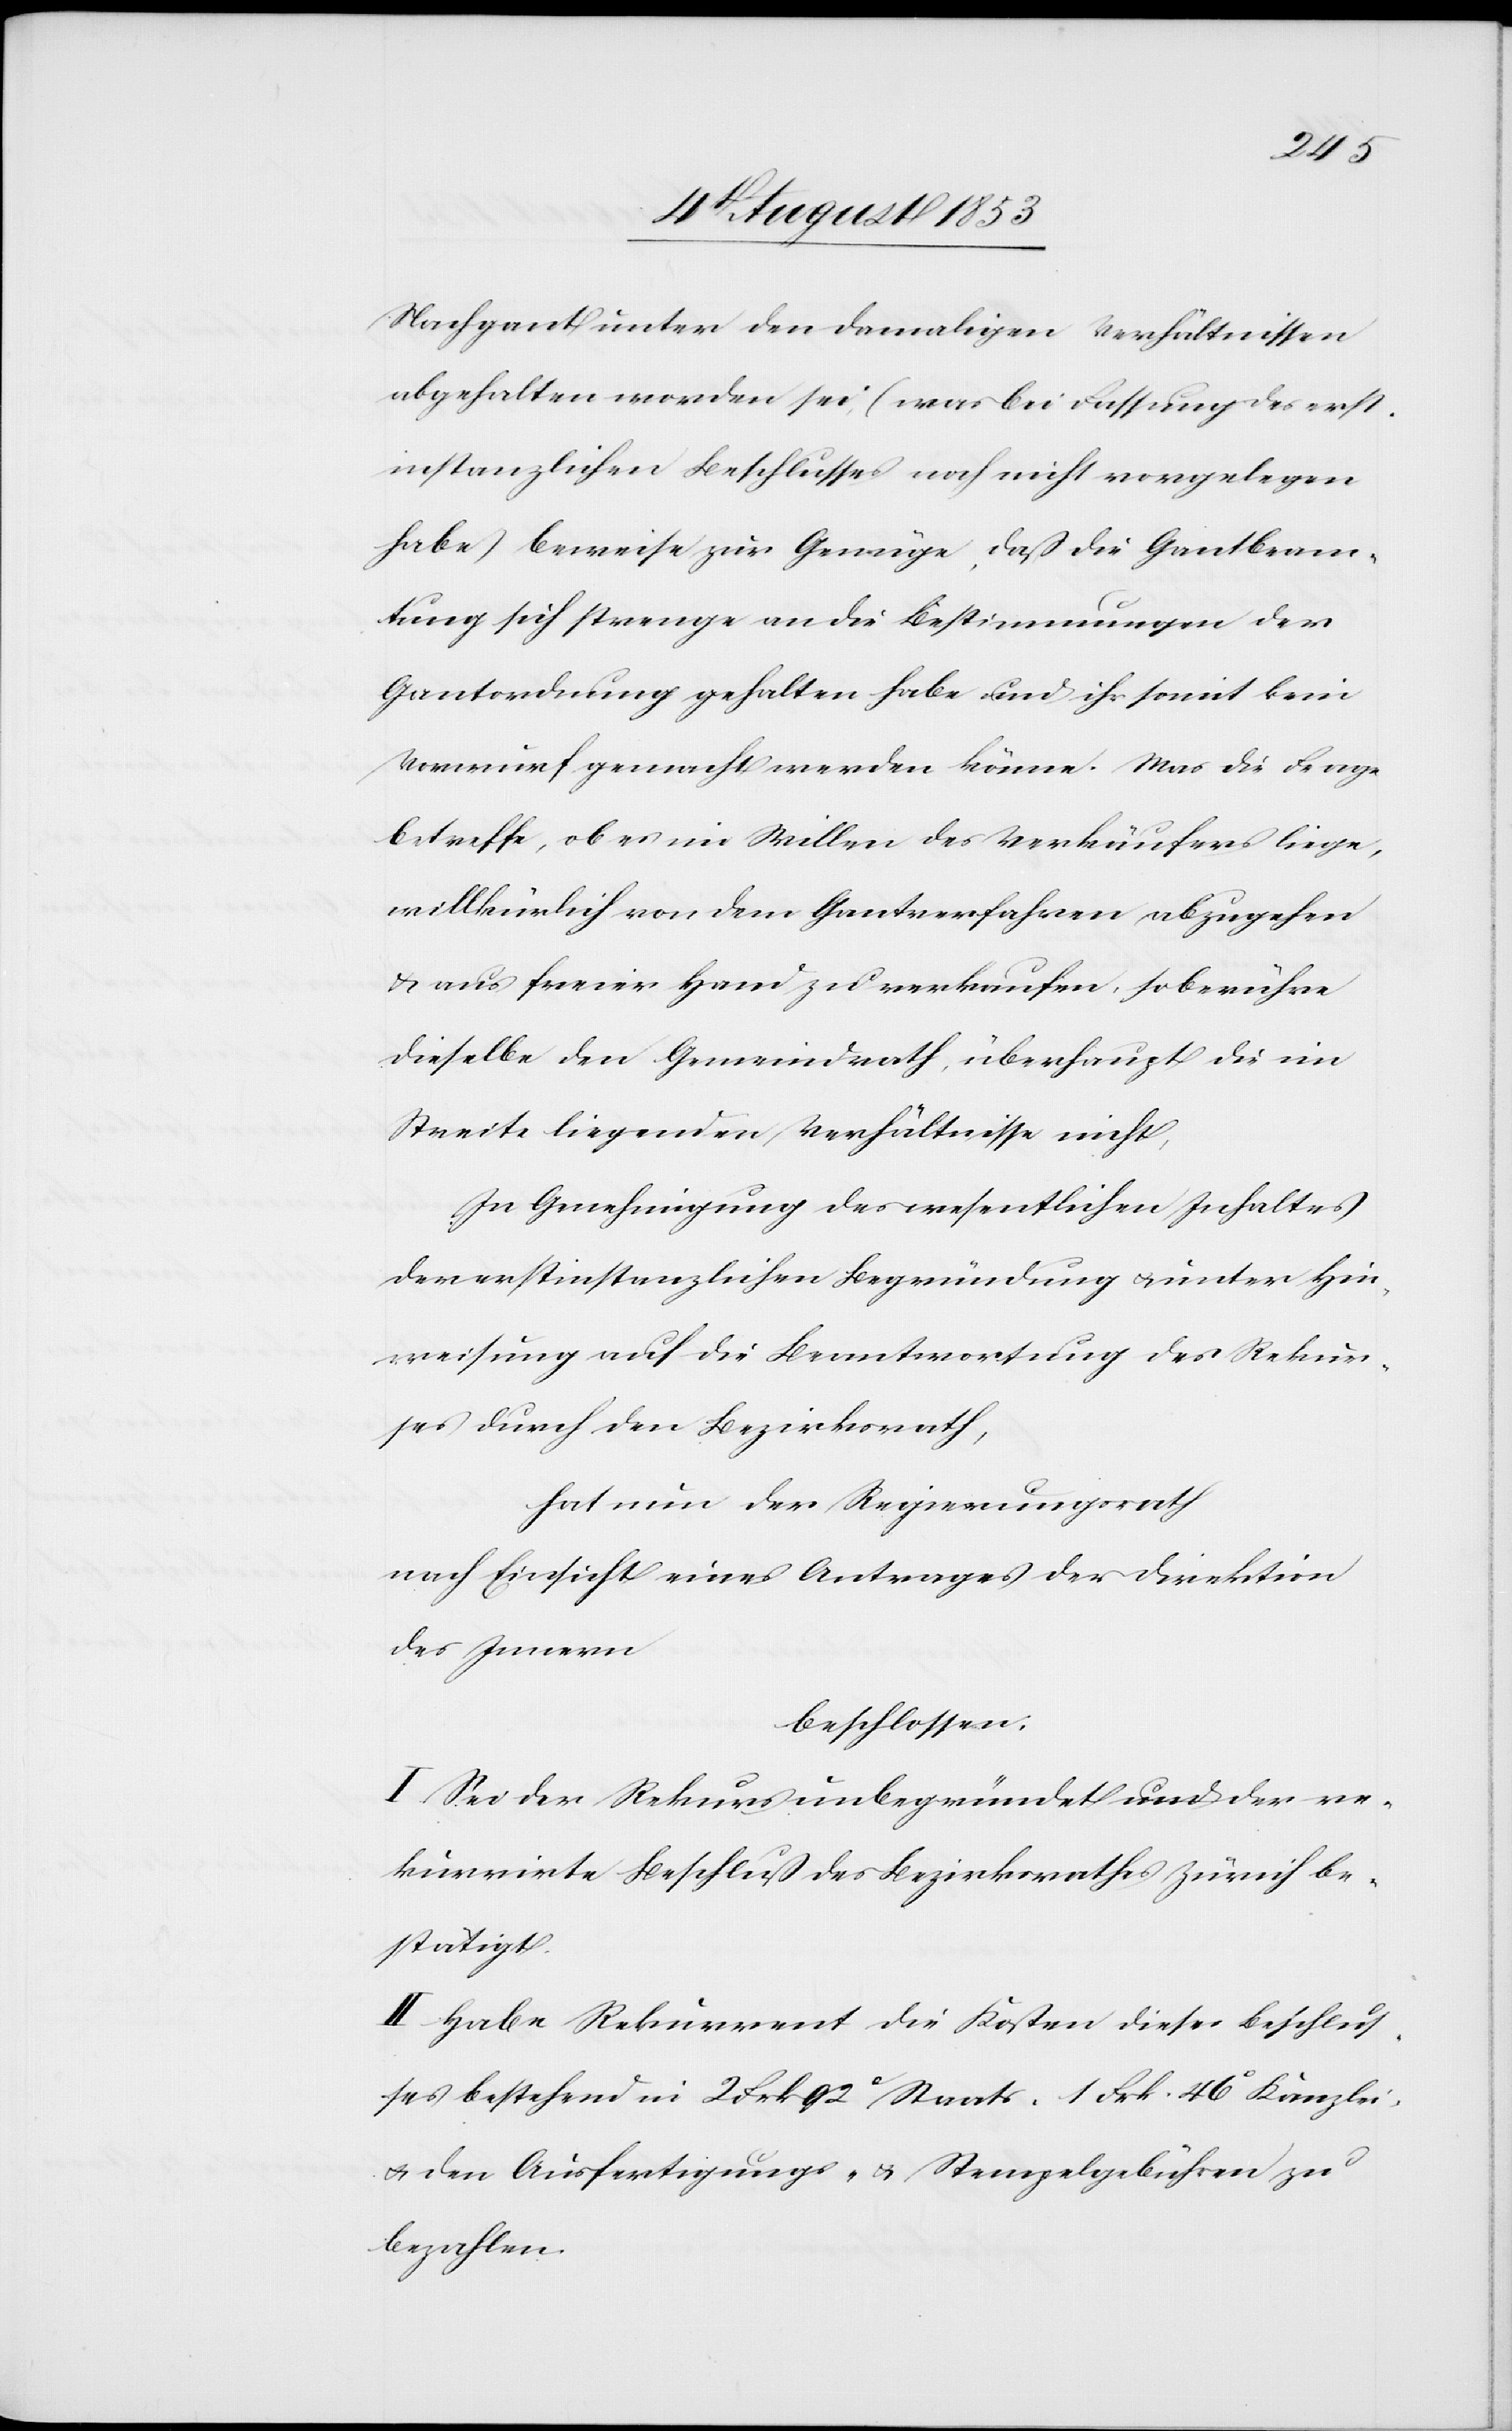
Nachgant unter den damaligen Verhältnissen
abgehalten worden sei, (was bei Fassung des erst¬
instanzlichen Beschlusses noch nicht vorgelegen
habe) beweise zur Genüge, daß die Gantbeam¬
tung sich strenge an die Bestimmungen der
Gantordnung gehalten habe und ihr somit kein
Vorwurf gemacht werden könne. Was die Frage
betreffe, ob es im Willen des Verkäufers liege,
willkürlich von dem Gantverfahren abzugehen
u. aus freier Hand zu verkaufen, so berühre
dieselbe den Gemeindrath, überhaupt die im
Streite liegenden Verhältnisse nicht.
In Genehmigung des wesentlichen Inhaltes
der erstinstanzlichen Begründung u. unter Hin¬
weisung auf die Beantwortung des Rekur¬
ses durch den Bezirksrath,
hat nun der Regierungsrath,
nach Einsicht eines Antrages der Direktion
des Innern,
beschlossen:
I. Sei der Rekurs unbegründet und der re¬
kurrirte Beschluß des Bezirksrathes Zürich be¬
stätigt.
II. Habe Rekurrent die Kosten dieses Beschlus¬
ses bestehend in 2 Frk. 92c Staats- 1 Frk. 46c Kanzlei-
den Ausfertigungs- u. Stempelgebühren zu
bezahlen.